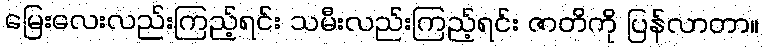
မြေးလေးလည်းကြည့်ရင်း သမီးလည်းကြည့်ရင်း ဇာတိကို ပြန်လာတာ။